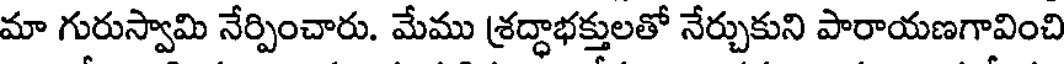
మా గురుస్వామి నేర్పించారు. మేము శ్రద్ధాభక్తులతో నేర్చుకుని పారాయణగావించి